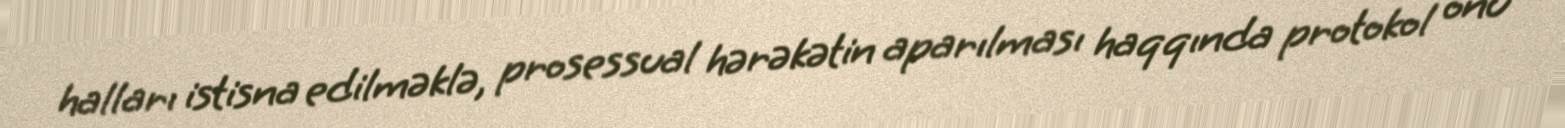
halları istisna edilməklə, prosessual hərəkətin aparılması haqqında protokol onu